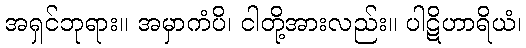
အရှင်ဘုရား။ အမှာကံပိ၊ ငါတို့အားလည်း။ ပါဋိဟာရိယံ၊